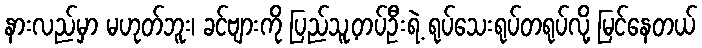
နားလည်မှာ မဟုတ်ဘူး၊ ခင်ဗျားကို ပြည်သူ့တပ်ဦးရဲ့ ရုပ်သေးရုပ်တရုပ်လို့ မြင်နေတယ်